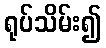
ရုပ်သိမ်း၍